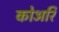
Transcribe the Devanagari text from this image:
कोअरि